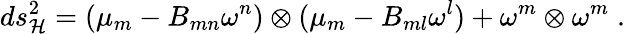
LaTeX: ds_{\cal H}^{2}=(\mu_{m}-B_{mn}\omega^{n})\otimes(\mu_{m}-B_{ml}\omega^{l})+\omega^{m}\otimes\omega^{m}\; .